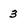
Character: 3